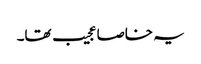
یہ خاصا عجیب تھا۔